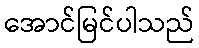
အောင်မြင်ပါသည်